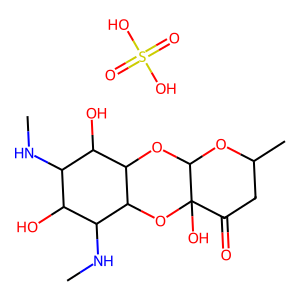
SMILES: CNC1C(O)C(NC)C2OC3(O)C(=O)CC(C)OC3OC2C1O.O=S(=O)(O)O
Inhibits HIV replication: No